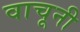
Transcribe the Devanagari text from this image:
वाचूनी